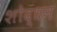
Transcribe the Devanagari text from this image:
शोद्धन